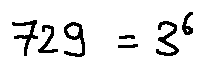
7 2 9 = 3 ^ { 6 }